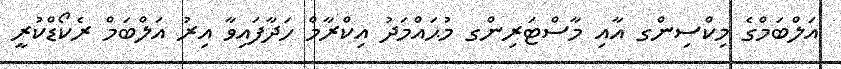
އަލްބަމްގެ މިކްސިންގ އާއި މާސްޓަރިންގ މުޙައްމަދު އިކްރާމް ހަދާފައިވާ އިރު އަލްބަމް ރެކޯޑްކުރީ